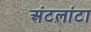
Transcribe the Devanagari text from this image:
अंटलांटा